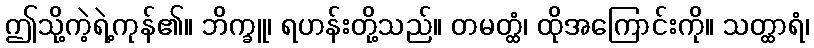
ဤသို့ကဲ့ရဲ့ကုန်၏။ ဘိက္ခူ၊ ရဟန်းတို့သည်။ တမတ္ထံ၊ ထိုအကြောင်းကို။ သတ္ထာရံ၊